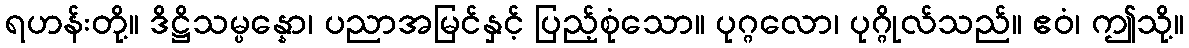
ရဟန်းတို့။ ဒိဋ္ဌိသမ္ပန္နော၊ ပညာအမြင်နှင့် ပြည့်စုံသော။ ပုဂ္ဂလော၊ ပုဂ္ဂိုလ်သည်။ ဧဝံ၊ ဤသို့။